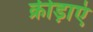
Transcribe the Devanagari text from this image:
क्रीड़ाएं